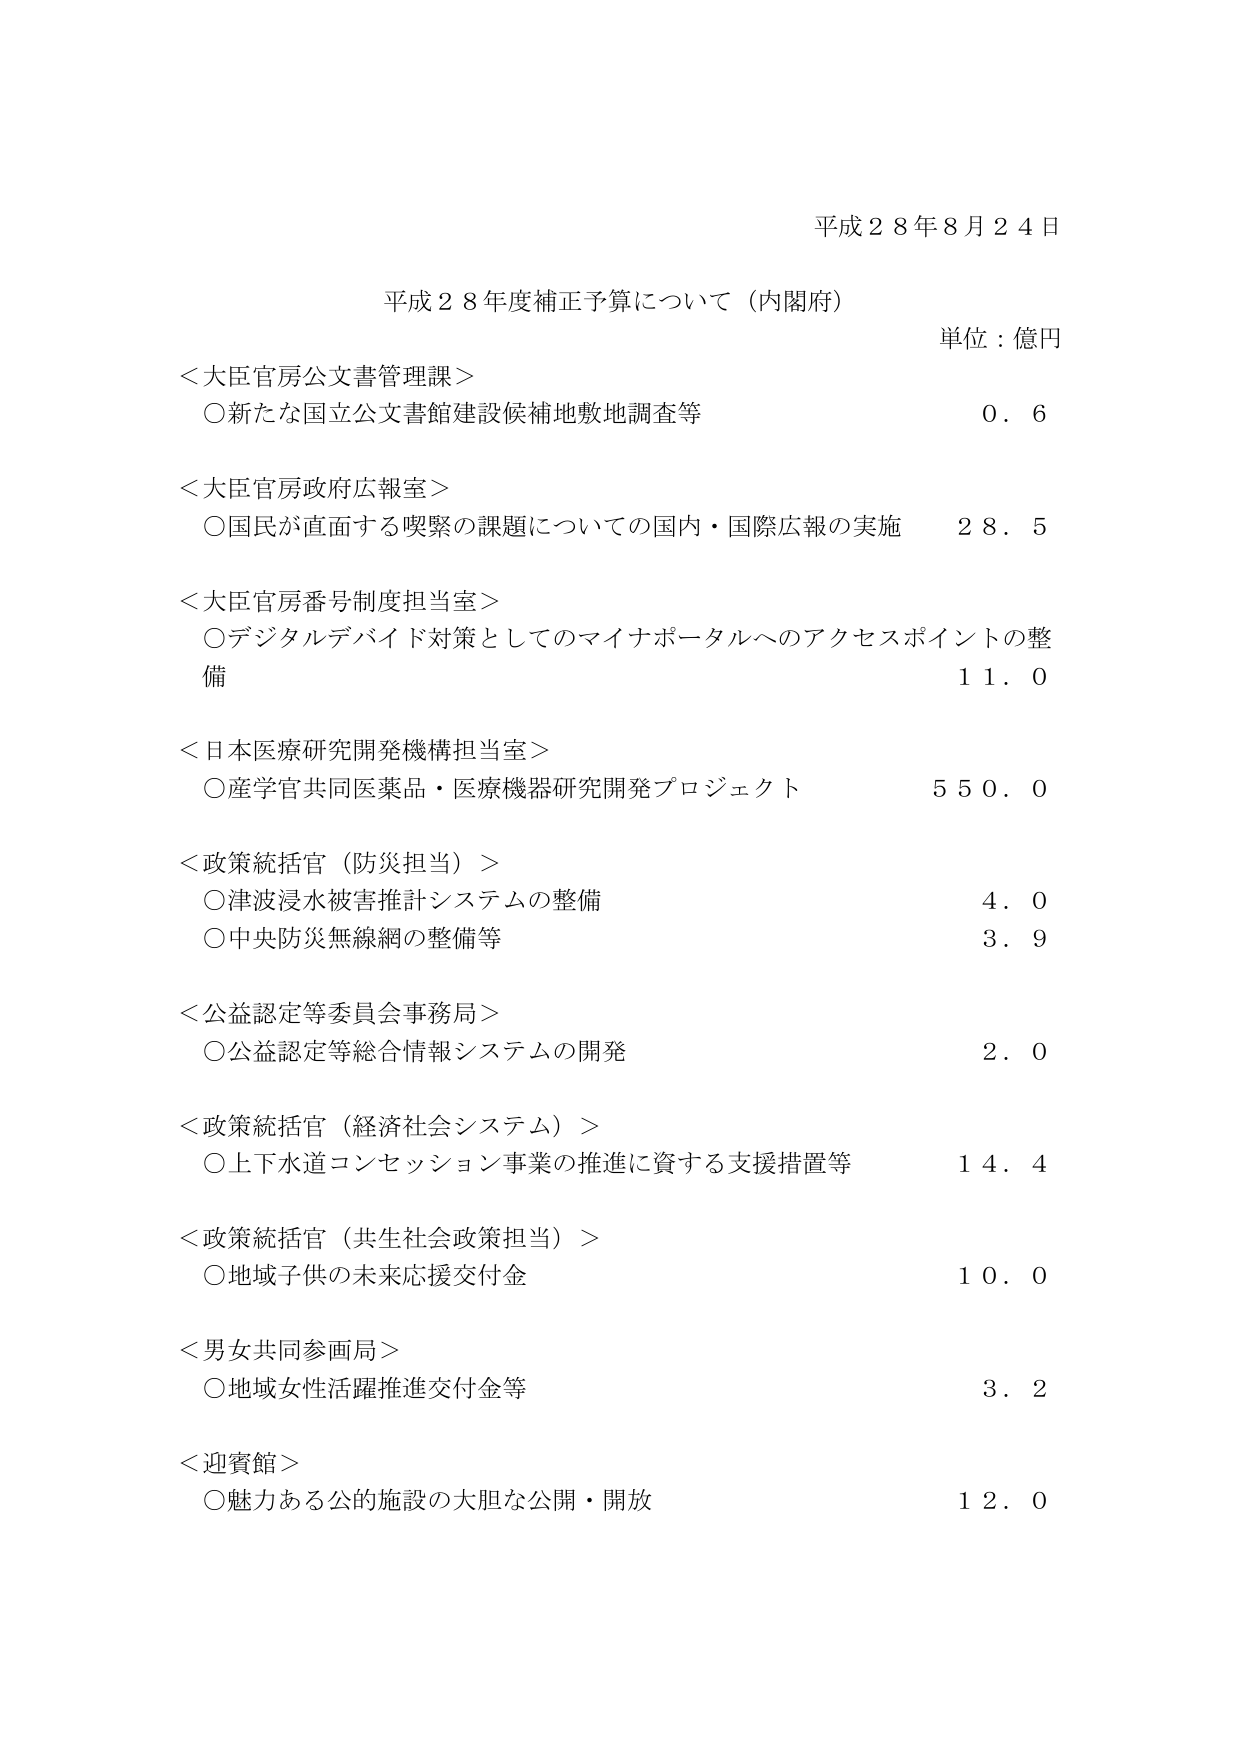
平成２８年８月２４日
平成２８年度補正予算について（内閣府）
単位：億円

＜大臣官房公文書管理課＞
〇新たな国立公文書館建設候補地敷地調査等　　０．６

＜大臣官房政府広報室＞
〇国民が直面する喫緊の課題についての国内・国際広報の実施　　２８．５

＜大臣官房番号制度担当室＞
〇デジタルデバイド対策としてのマイナポータルへのアクセスポイントの整備　　１１．０

＜日本医療研究開発機構担当室＞
〇産学官共同医薬品・医療機器研究開発プロジェクト　　５５０．０

＜政策統括官（防災担当）＞
〇津波浸水被害推計システムの整備　　４．０
〇中央防災無線網の整備等　　３．９

＜公益認定等委員会事務局＞
〇公益認定等総合情報システムの開発　　２．０

＜政策統括官（経済社会システム）＞
〇上下水道コンセッション事業の推進に資する支援措置等　　１４．４

＜政策統括官（共生社会政策担当）＞
〇地域子供の未来応援交付金　　１０．０

＜男女共同参画局＞
〇地域女性活躍推進交付金等　　３．２

＜迎賓館＞
〇魅力ある公的施設の大胆な公開・開放　　１２．０